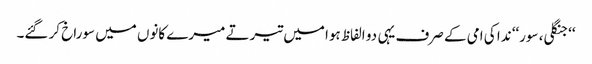
‘‘جنگلی، سور‘‘ ندا کی امی کے صرف یہی دو الفاظ ہوا میں تیرتے میرے کانوں میں سوراخ کر گئے۔